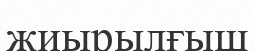
жиырылғыш